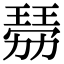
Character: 𤨍